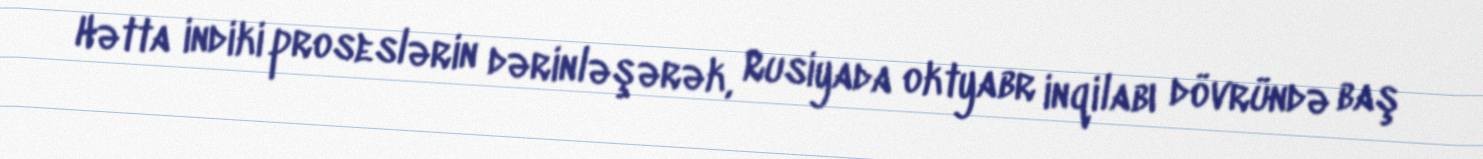
Hətta indiki proseslərin dərinləşərək, Rusiyada oktyabr inqilabı dövründə baş